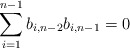
\begin{align*}\sum_{i=1}^{n-1} b_{i,n-2}b_{i,n-1}=0\end{align*}